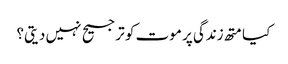
کیا متھ زندگی پر موت کو ترجیح نہیں دیتی؟